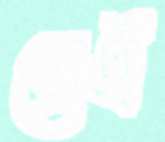
ব্রোহী